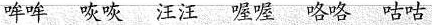
哞哞 咴咴 汪汪 喔喔 咯咯 咕咕